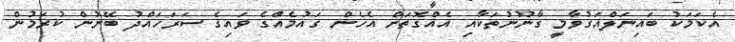
އެކަމަކު ބައިނަލްއަގުވާމީ ގާނޫނުތަކާއި އެއްގޮތަށް އެހެން ގައުމެއްގެ ވައިގެ ސަރަހައްދު ބޭނުން ކުރަމުން